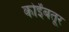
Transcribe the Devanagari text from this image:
कोईंबतूर